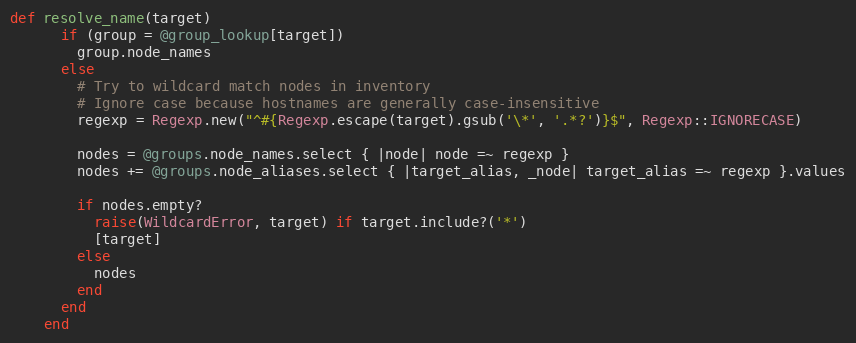
Language: Ruby
def resolve_name(target)
      if (group = @group_lookup[target])
        group.node_names
      else
        # Try to wildcard match nodes in inventory
        # Ignore case because hostnames are generally case-insensitive
        regexp = Regexp.new("^#{Regexp.escape(target).gsub('\*', '.*?')}$", Regexp::IGNORECASE)

        nodes = @groups.node_names.select { |node| node =~ regexp }
        nodes += @groups.node_aliases.select { |target_alias, _node| target_alias =~ regexp }.values

        if nodes.empty?
          raise(WildcardError, target) if target.include?('*')
          [target]
        else
          nodes
        end
      end
    end